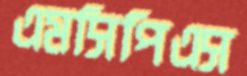
এমসিপিএস